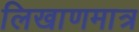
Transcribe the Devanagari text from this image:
लिखाणमात्र